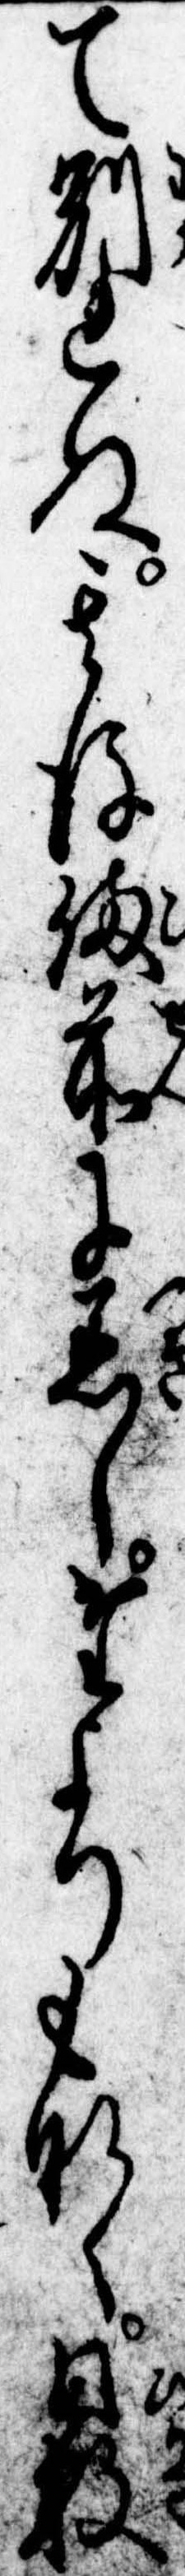
て別れぬ其後備前に着したよりもなく日数